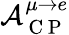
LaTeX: \mathcal{A}_{\mathrm{~C~P~}}^{\mu\rightarrow e}